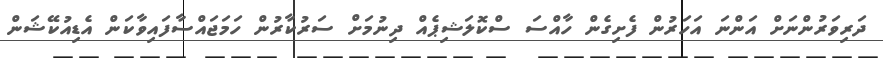
ދަރިވަރުންނަށް އަންނަ އަހަރުން ފެށިގެން ހާއްސަ ސްކޮލަޝިޕެއް ދިނުމަށް ސަރުކާރުން ހަމަޖައްސާފައިވާކަން އެޑިއުކޭޝަން